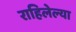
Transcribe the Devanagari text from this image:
राहिलेल्‍या